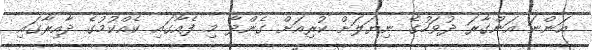
އަންނަ އަންގާރަ ދުވަހުގެ ނިޔަލަށް ކުރިއަށް ގެންދާ މި ފެއާގައި ކެއްކުމުގެ ދާއިރާގައި